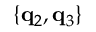
\left\{ \mathbf { q } _ { 2 } , \mathbf { q } _ { 3 } \right\}